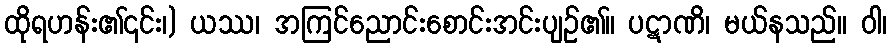
ထိုရဟန်း၏၎င်း၊) ယဿ၊ အကြင်ညောင်းစောင်းအင်းပျဉ်၏။ ပဋာဏိ၊ မယ်နသည်။ ဝါ၊